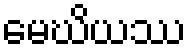
မေဃိယဿ